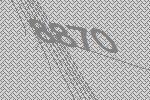
8870